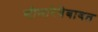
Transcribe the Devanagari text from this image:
सीमारेषेबाबत